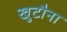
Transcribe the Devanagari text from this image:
खुटौना